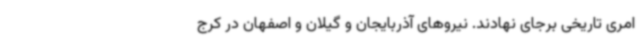
امری تاریخی برجای نهادند. نیروهای آذربایجان و گیلان و اصفهان در کرج